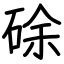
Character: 硢